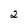
Character: 2